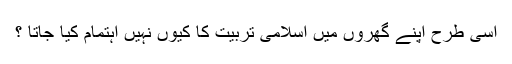
اسی طرح اپنے گھروں میں اسلامی تربیت کا کیوں نہیں اہتمام کیا جاتا ؟